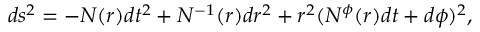
d s ^ { 2 } = - N ( r ) d t ^ { 2 } + N ^ { - 1 } ( r ) d r ^ { 2 } + r ^ { 2 } ( N ^ { \phi } ( r ) d t + d \phi ) ^ { 2 } ,